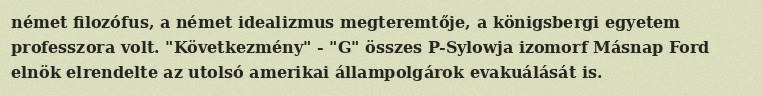
német filozófus, a német idealizmus megteremtője, a königsbergi egyetem professzora volt. "Következmény" - "G" összes P-Sylowja izomorf Másnap Ford elnök elrendelte az utolsó amerikai állampolgárok evakuálását is.